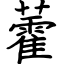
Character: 藿